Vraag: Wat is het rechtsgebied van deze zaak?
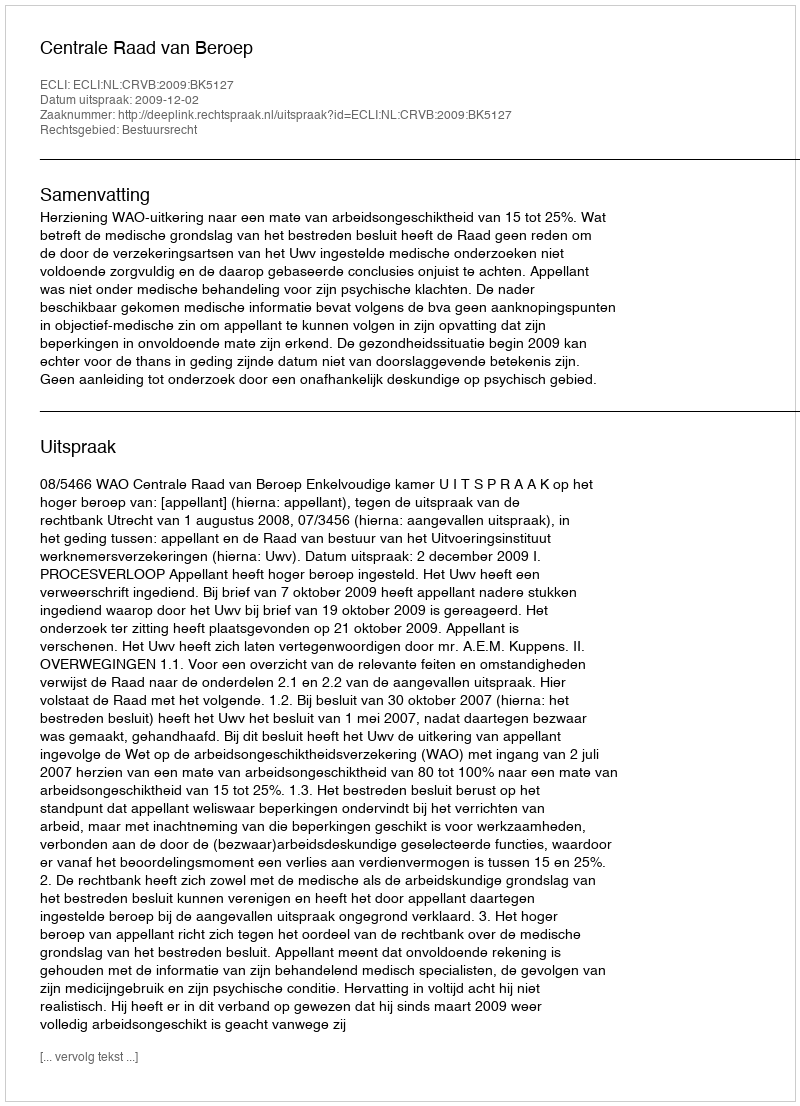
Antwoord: Bestuursrecht